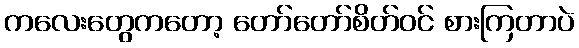
ကလေးတွေကတော့ တော်တော်စိတ်ဝင် စားကြတာပဲ